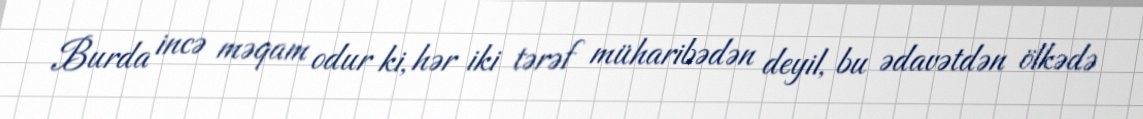
Burda incə məqam odur ki, hər iki tərəf müharibədən deyil, bu ədavətdən ölkədə